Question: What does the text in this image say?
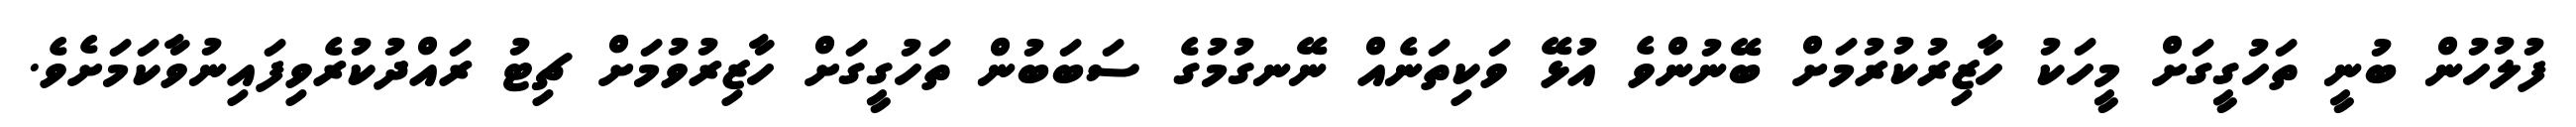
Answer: ފުލުހުން ބުނީ ތަހުގީގަށް މީހަކު ހާޒިރުކުރުމަށް ބޭނުންވެ އުޅޭ ވަކިތަނެއް ނޭނގުމުގެ ސަބަބުން ތަހުގީގަށް ހާޒިރުވުމަށް ޗިޓު ރައްދުކުރެވިފައިނުވާކަމަށެވެ.